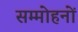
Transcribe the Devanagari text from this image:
सम्मोहनों